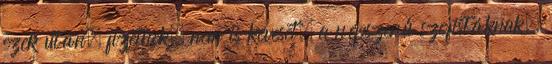
ezek után, fizetnek, nem is keveset, a népszerű szofistáknak.